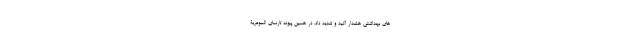
های بهداشتی هشدار اکید و شدید داد. در همین پیوند تارنمای السومریة